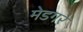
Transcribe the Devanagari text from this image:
मेडगर